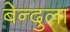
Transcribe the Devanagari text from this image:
बेन्दुला